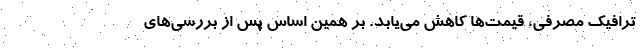
ترافیک مصرفی، قیمت‌ها کاهش می‌یابد. بر همین اساس پس از بررسی‌های